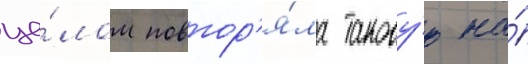
це́лом повтор'я́ла такову́ю на́